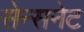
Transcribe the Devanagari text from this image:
सेन्सनेट